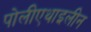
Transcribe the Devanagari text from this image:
पोलीएथाइलीन